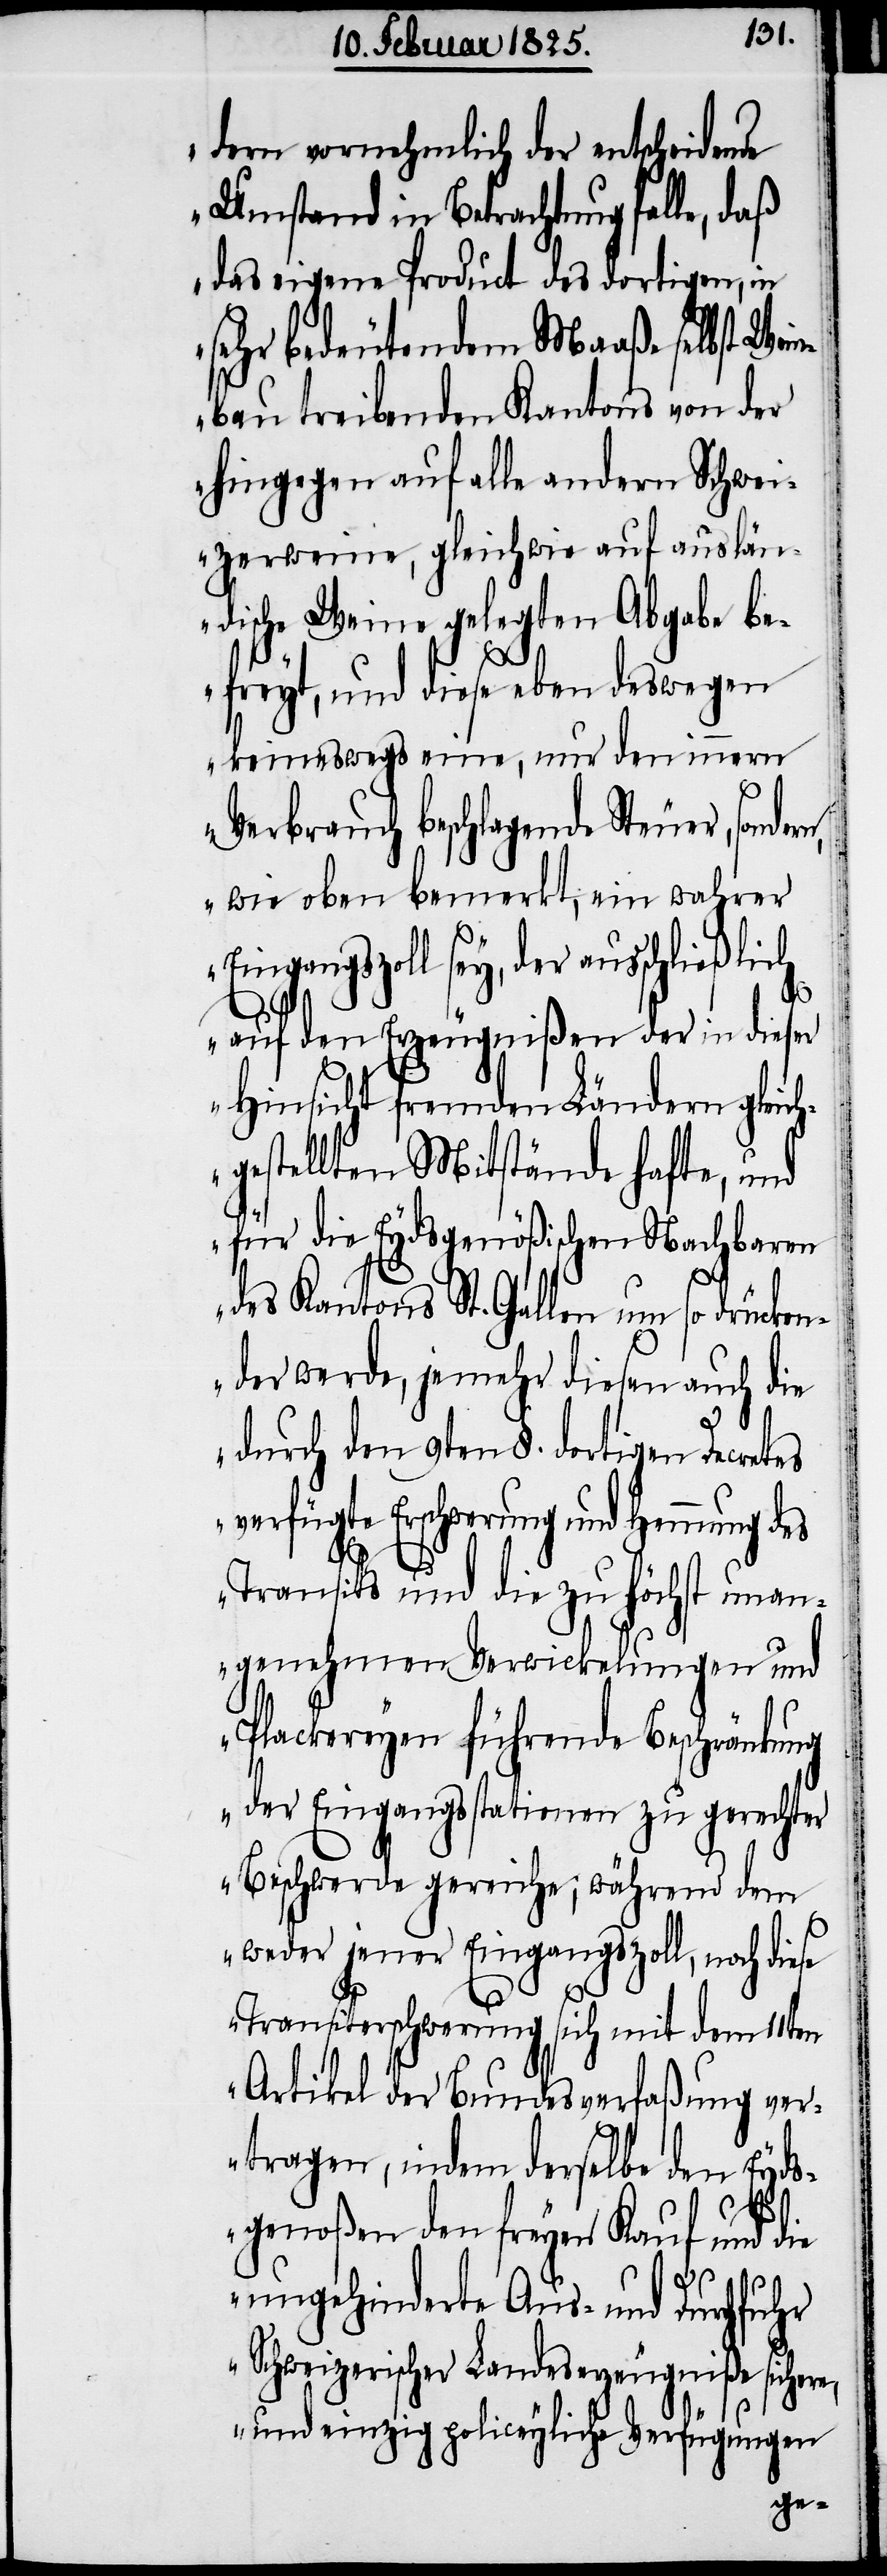
dern vornehmlich der entscheidende
Umstand in Betrachtung falle, daß
das eigene Product des dortigen, in
sehr bedeutendem Maaße selbst Wei¬
nbau treibenden Kantons von der
hingegen auf alle andern Schwei¬
zerweine, gleichwie auf auslän¬
dische Weine gelegten Abgabe be¬
freyt, und diese eben deswegen
keineswegs eine, nur den innern
Verbrauch beschlagende Steuer, sonde¬
rn, wie oben bemerkt, ein wahrer
Eingangszoll sey, der ausschließlich
auf den Erzeugnißen der in dieser
Hinsicht fremden Ländern gleich¬
gestellten Mitstände hafte, und
für die Eydsgenößischen Nachbaren
des Kantons St. Gallen um so drücken¬
der werde, jemehr diesen auch die
durch den 9ten §. dortigen Decre¬
s verfügte Erschwerung und Hemmung des
Transits und die zu höchst unan¬
genehmen Verwickelungen und
Plackereyen führende Beschränkung
der Eingangsstationen zu gerechter
Beschwerde gereiche; während dem
weder jener Eingangszoll, noch die¬
se Transiterschwerung sich mit dem 11ten
Artikel der Bundesverfaßung ver¬
tragen, indem derselbe den Eyds¬
genoßen den freyen Kauf und die
ungehinderte Aus- und Durchfuhr
Schweizerischer Landeserzeugniße sicher¬
e, und einzig policeyliche Verfügungen
te¬